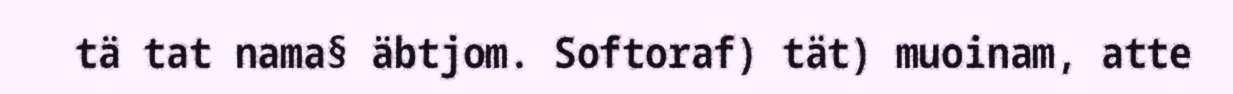
tä tat nama§ äbtjom. Softoraf) tät) muoinam, atte